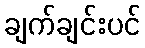
ချက်ချင်းပင်